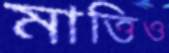
মাত্তিও